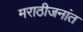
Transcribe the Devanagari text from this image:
मराठीजनांत